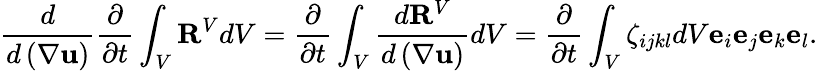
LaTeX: \frac{d}{d\left(\nabla\mathbf{u}\right)}\frac{\partial}{\partial t}\int_{V}\mathbf{R}^{V}dV=\frac{\partial}{\partial t}\int_{V}\frac{d\mathbf{R}^{V}}{d\left(\nabla\mathbf{u}\right)}dV=\frac{\partial}{\partial t}\int_{V}\zeta_{ijkl}dV\mathbf{e}_{i}\mathbf{e}_{j}\mathbf{e}_{k}\mathbf{e}_{l}.